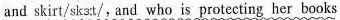
and skirt/skɜːt/,and who is protecting her books